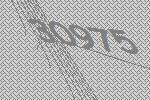
30975